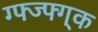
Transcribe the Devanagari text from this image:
ग्फ्ज्फ्ग्क